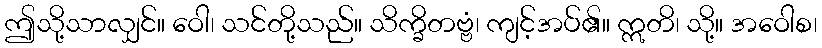
ဤသို့သာလျှင်။ ဝေါ၊ သင်တို့သည်။ သိက္ခိတဗ္ဗံ၊ ကျင့်အပ်၏။ ဣတိ၊ သို့။ အဝေါစ၊